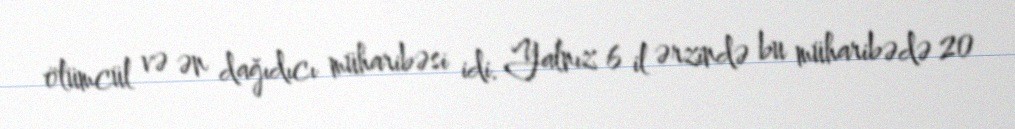
ölümcül və ən dağıdıcı müharibəsi idi. Yalnız 6 il ərzində bu müharibədə 20